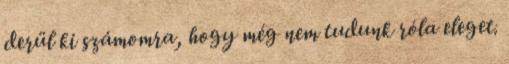
derül ki számomra, hogy még nem tudunk róla eleget.